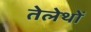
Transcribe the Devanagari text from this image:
तेलेथों